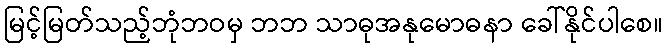
မြင့်မြတ်သည့်ဘုံဘဝမှ ဘဘ သာဓုအနုမောဓနာ ခေါ်နိုင်ပါစေ။